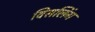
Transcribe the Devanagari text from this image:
विसलिंग